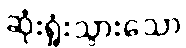
ဆုံးရှုံးသွားသော